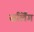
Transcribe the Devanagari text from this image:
सर्लिंग